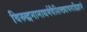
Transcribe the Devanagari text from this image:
विरुद्धनानाधर्मवैशिष्ट्यावगाहिज्ञानं